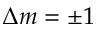
\Delta m = \pm 1